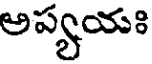
అప్యయః